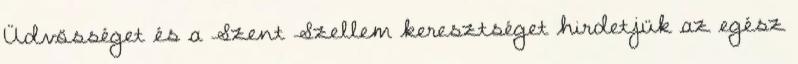
Üdvösséget és a Szent Szellem keresztséget hirdetjük az egész